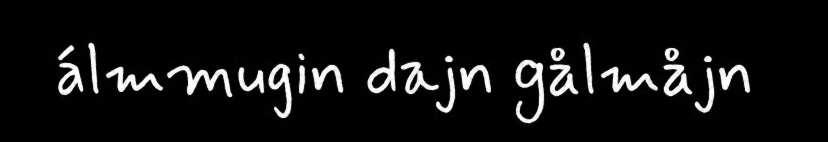
álmmugin dajn gålmåjn